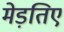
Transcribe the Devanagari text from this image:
मेड़तिए